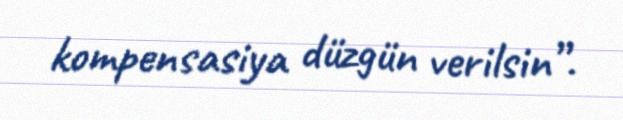
kompensasiya düzgün verilsin”.